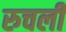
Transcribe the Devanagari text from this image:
रुचली